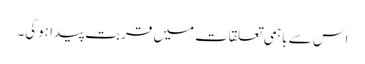
اس سے باہمی تعلقات میں قربت پیدا ہوگی۔